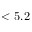
< 5 . 2